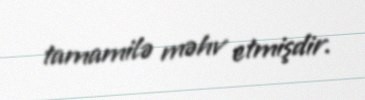
tamamilə məhv etmişdir.